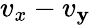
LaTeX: v_{x}-v_{\mathbf{y}}